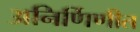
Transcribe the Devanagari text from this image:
अनिर्णिणीत